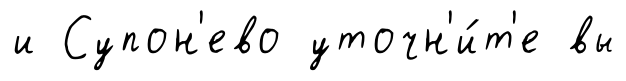
и Супон'ево уточн'и́т'е вы